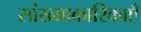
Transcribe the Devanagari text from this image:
सांख्याकारिकाएँ